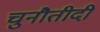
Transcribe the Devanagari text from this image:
चुनौतीदी